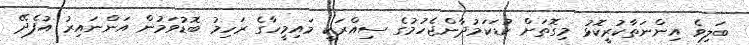
ބަލިވެ އިންނަތާކުރީކޮޅު މިގޮތަށް ކުޑަކަމުދާންޖެހުމުގެ ސިއްރަކީ މައިމީހާގެ ރަހިމު ބޮޑުވަމުން އަންނައިރު އުފެދޭ